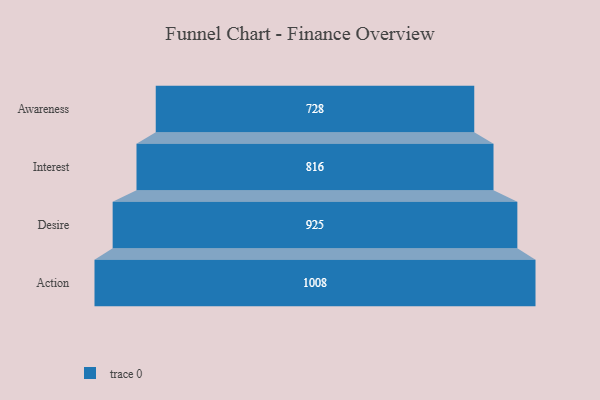
{"axis": {"x": "Stage", "y": "Value"}, "legend": [""], "data": [{"x": "Awareness", "y": 728.0, "type": ""}, {"x": "Interest", "y": 816.0, "type": ""}, {"x": "Desire", "y": 925.0, "type": ""}, {"x": "Action", "y": 1008.0, "type": ""}]}